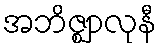
အဘိဇ္ဈာလုနီ